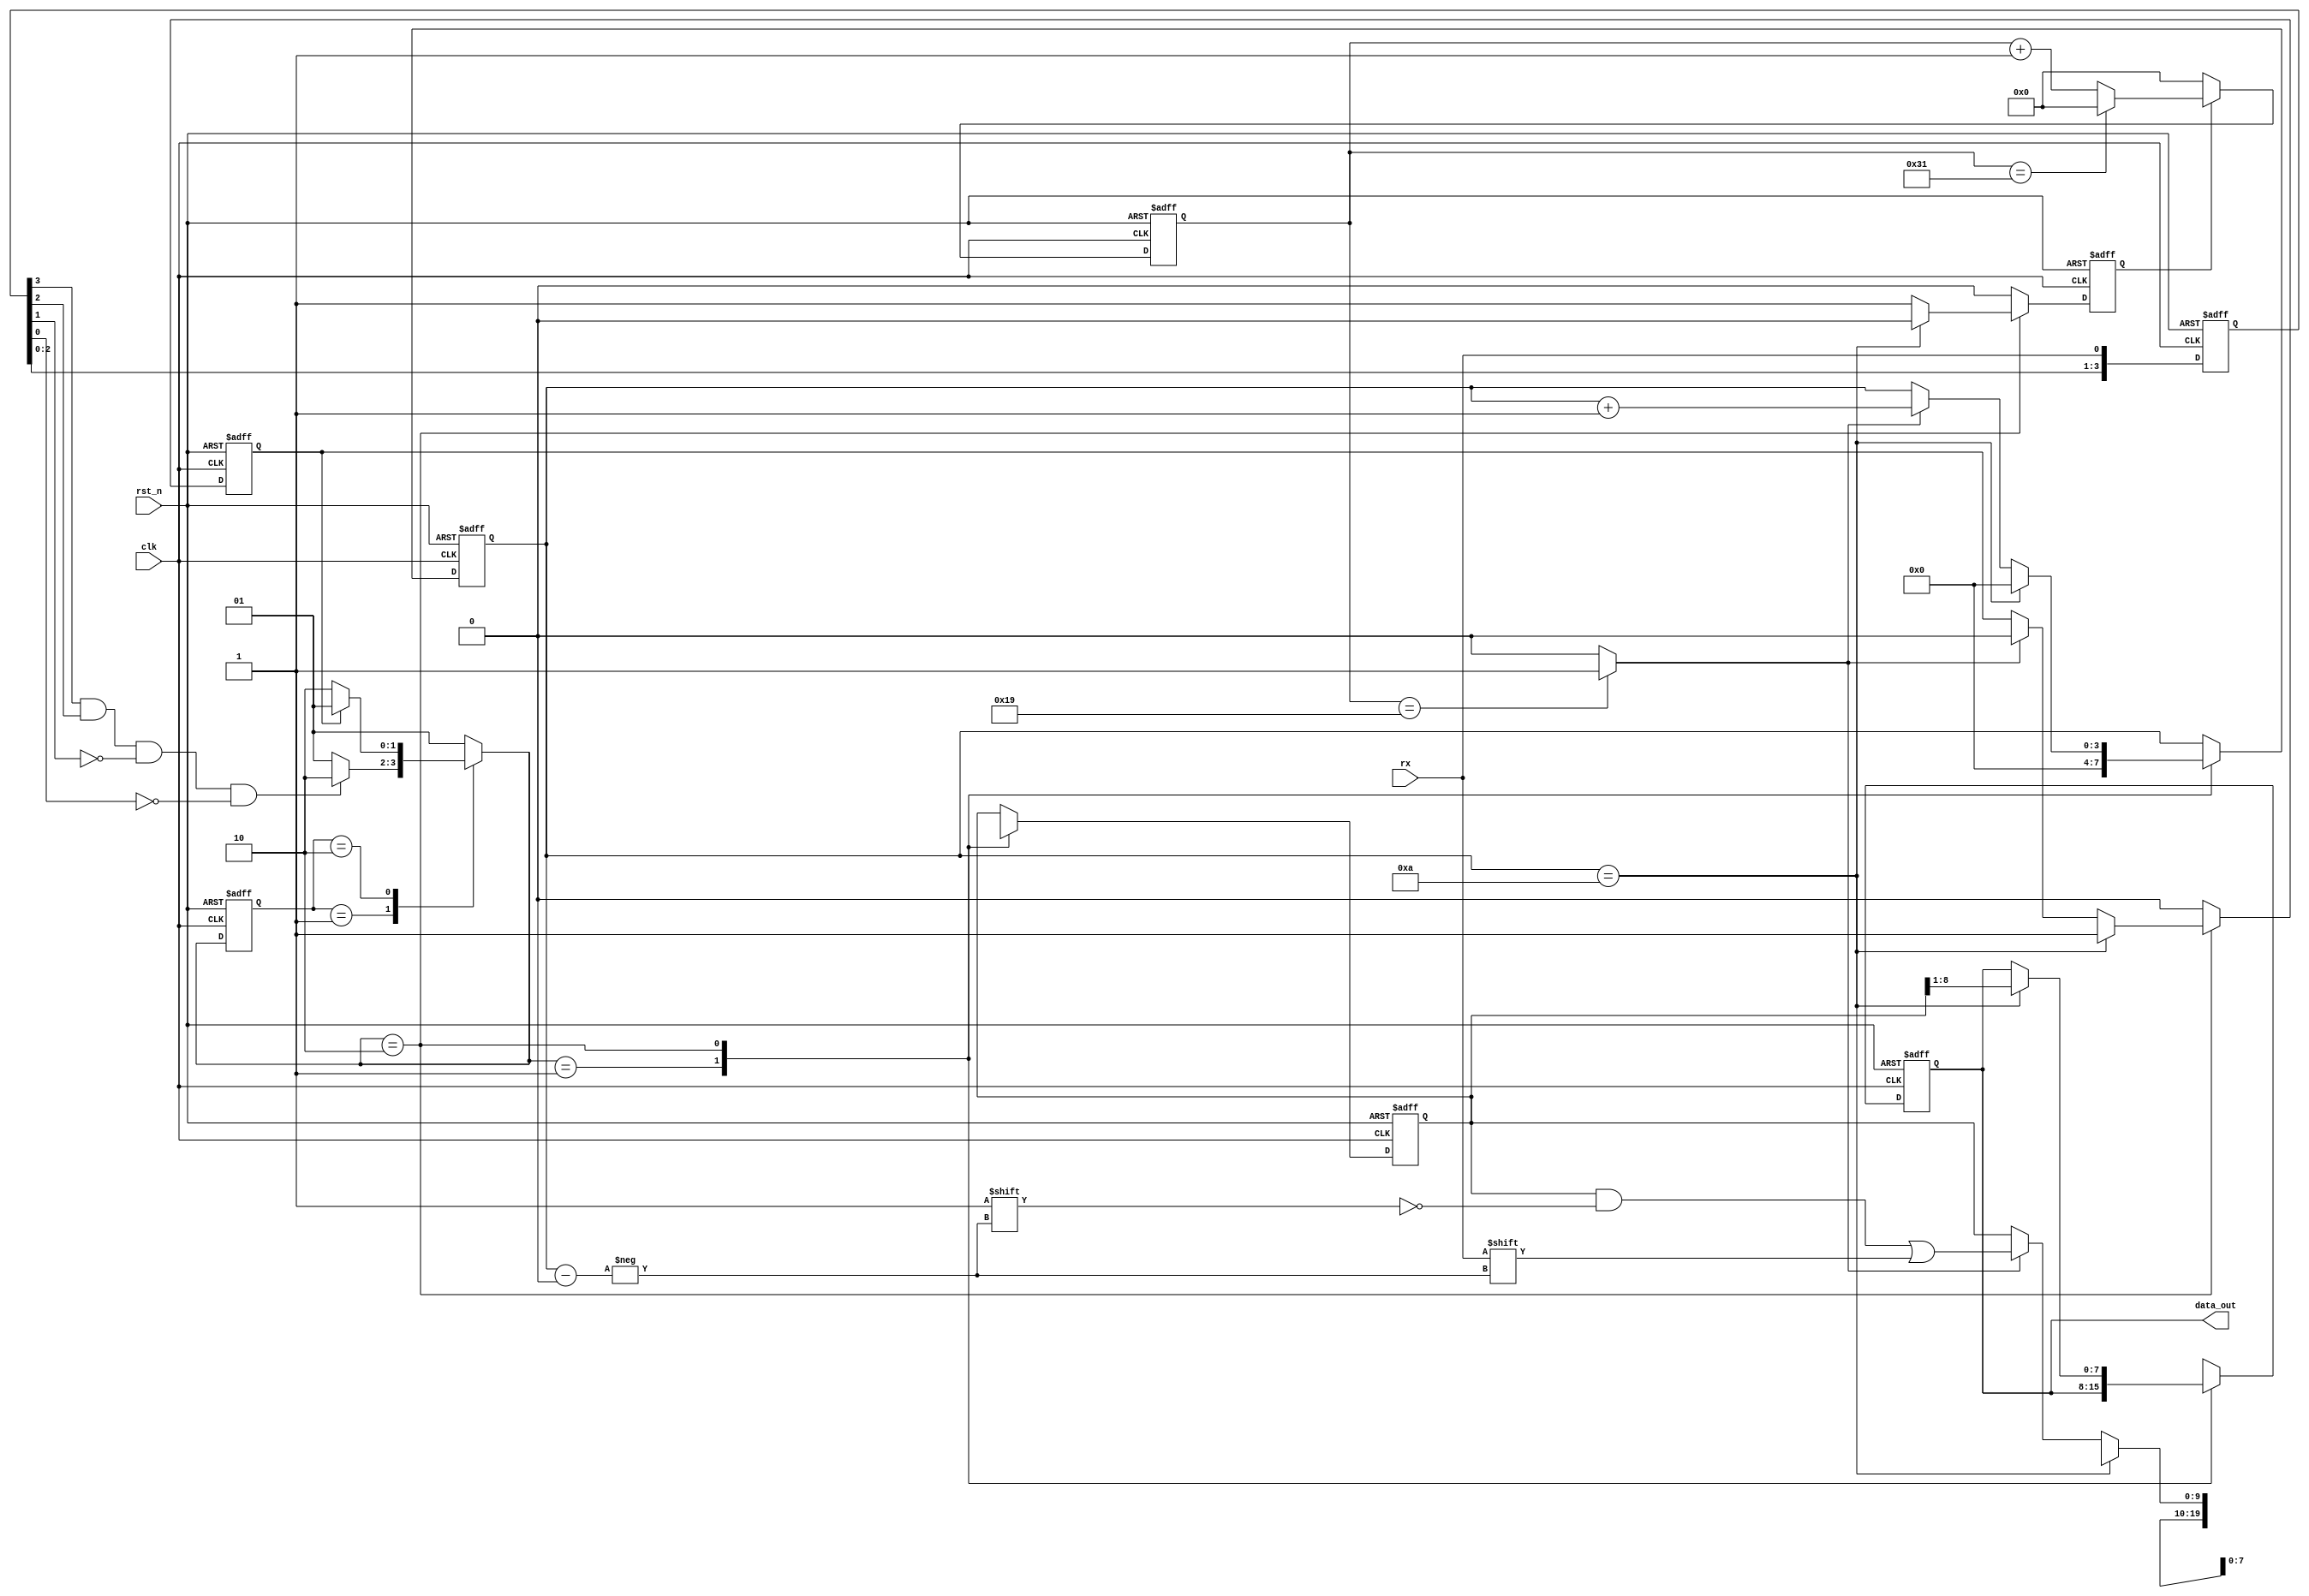
`timescale 1ns / 1ps
module uart_rx(
    input clk,
    input rst_n,
    input rx,
    output reg [7:0] data_out
    );
 
 
    // State Machine Defination
    parameter IDLE = 2'b01;
    parameter SAMP = 2'b10;
    reg [3:0] data_in;
    // UART Configure Defination
	 parameter BAUD_MAX   = 50;////////////////////////////////////////////////////////////////////////////////
		reg [5:0] baud_cnt;
		parameter START_BIT = 1;
		parameter DATA_BIT  = 8;
		parameter STOP_BIT  = 1;
		parameter PARI_BIT  = 0;
		parameter RECV_BIT  = START_BIT + DATA_BIT + STOP_BIT + PARI_BIT;
		parameter BAUD_CNT_H = (BAUD_MAX / 2);////////////////////////////////////////////////////////////////////////////////
		wire baud_clk = (baud_cnt == BAUD_CNT_H) ? (1'b1) : (1'b0);////////////////////////////////////////////////////////////////////////////////
		wire rx_neg = data_in[3] & data_in[2] & (~data_in[1]) & (~data_in[0]);
		reg sample_finish;
		reg [1:0] current_state, next_state;
// Negedge Detection Filter
always @ (posedge clk or negedge rst_n)begin
    if (!rst_n) begin
        data_in[0] <= 1'b0;
        data_in[1] <= 1'b0;
        data_in[2] <= 1'b0;
        data_in[3] <= 1'b0;
    end
    else begin
        data_in[0] <= rx;
        data_in[1] <= data_in[0];
        data_in[2] <= data_in[1];
        data_in[3] <= data_in[2];
    end
 end
    // Current State To Next State
always @ (posedge clk or negedge rst_n)begin
    if(!rst_n)
        current_state <= IDLE;
    else
        current_state <= next_state;
end 
    // State
always @ (current_state or sample_finish or rx_neg)begin
        next_state = 2'bx;
        case(current_state)
            IDLE : begin
						if (rx_neg) next_state = SAMP;
						else        next_state = IDLE;
            end
            SAMP : begin
						if (sample_finish) next_state = IDLE;
						else               next_state = SAMP;
            end
						default : next_state = IDLE;
        endcase
end

reg [3:0] recv_cnt;
reg sample_en;
reg [RECV_BIT - 1 : 0] data_temp;
always @ (posedge clk or negedge rst_n)begin
    if (!rst_n) begin
        data_out  <= 8'bx;
        data_temp <= 10'bx;
        sample_finish <= 1'b0;
        sample_en <= 1'b0;
        recv_cnt <= 4'b0;
    end
    else begin
        case (next_state)
            IDLE : begin
                //data_out  <= 10'bx;
                data_temp <= 10'bx;
                sample_finish <= 1'b0;
                sample_en <= 1'b0;
                recv_cnt <= 4'b0;
            end
            SAMP : begin
						if (recv_cnt == RECV_BIT) begin
                    data_out  <= data_temp[8:1];
                    data_temp <= 10'bx;
                    sample_finish <= 1'b1;
                    sample_en <= 1'b0;
                    recv_cnt  <= 4'b0;
						end
						else begin
                    sample_en <= 1'b1;
                    if (baud_clk) begin
                        data_out <= data_out;
                        data_temp[recv_cnt] <= rx;
                        sample_finish <= 1'b0;
                        recv_cnt <= recv_cnt + 1'b1;
                    end
                    else begin
                        data_out <= data_out;
                        data_temp <= data_temp;
                        sample_finish <= sample_finish;
                        recv_cnt <= recv_cnt;
                    end
                end
            end
            default: begin
                data_out <= 10'bx;
                sample_finish <= 1'b0;
                sample_en <= 1'b0;
            end
        endcase
    end
 end      
// Sample Counter Signal Generator

always @ (posedge clk or negedge rst_n)begin
    if (!rst_n) begin
        baud_cnt <= 6'd0;
    end
    else begin
        if (sample_en) begin
            if (baud_cnt == BAUD_MAX - 1) baud_cnt <= 6'd0;
            else baud_cnt <= baud_cnt + 1'b1;
        end
        else baud_cnt <= 6'd0;
    end
end
// Sample Clock Signal Generator

endmodule